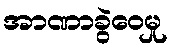
အာဏာခွဲဝေမှု